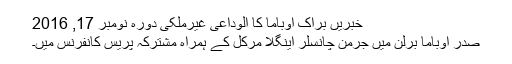
خبریں براک اوباما کا الوداعی غیرملکی دورہ نومبر 17, 2016
صدر اوباما برلن میں جرمن چانسلر اینگلا مرکل کے ہمراہ مشترکہ پریس کانفرنس میں۔